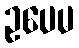
ဥပေမ